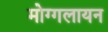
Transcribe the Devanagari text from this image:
मोग्गलायन